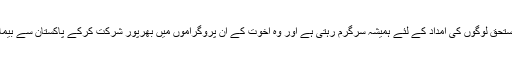
اسکینڈے نیویا مقیم ہماری کمیونٹی درد دل اور پا کستان کے مستحق لوگوں کی امداد کے لئے ہمیشہ سرگرم رہتی ہے اور وہ اخوت کے ان پروگراموں میں بھرپور شرکت کرکے پاکستان سے بیماری، غربت اور جہالت کے خاتمہ میں اخوت کا ساتھ دیں گے۔